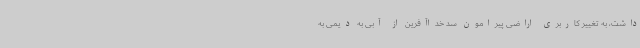
داشت، به تغییر کاربری اراضی پیرامون سد خداآفرین از آبی به دیمی به